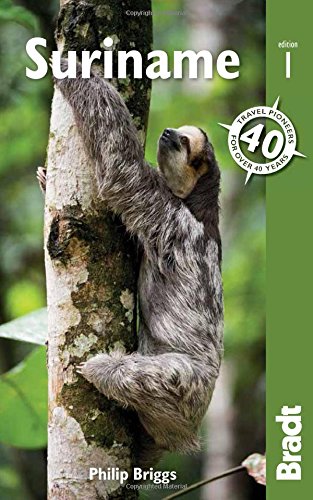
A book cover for Suriname (Bradt Travel Guide); Philip Briggs; Travel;